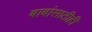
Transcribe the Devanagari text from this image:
बाबांसाठीही